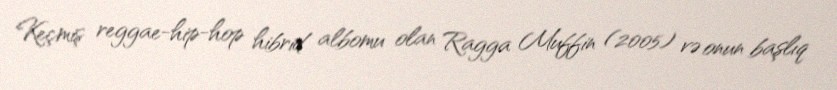
Keçmiş reggae-hip-hop hibrid albomu olan Ragga Muffin (2005) və onun başlıq